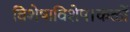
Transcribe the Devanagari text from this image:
विशेषाविशेष।कळों